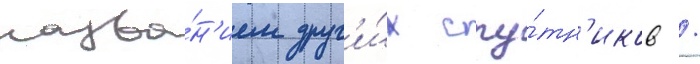
назва́н'ием друг'и́х спу́тн'иков /